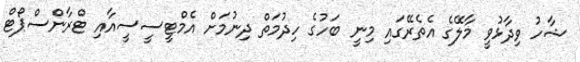
ޝާހު ވިދާޅުވީ މާލޭގެ އެތެރޭގައި މިނީ ބަހުގެ ހިދުމަތް ދިނުމަށް އެމްޓީސީސީއާއި ޓްރާންސްޕޯޓް